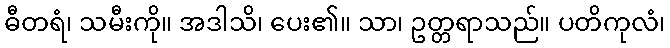
ဓီတရံ၊ သမီးကို။ အဒါသိ၊ ပေး၏။ သာ၊ ဥတ္တရာသည်။ ပတိကုလံ၊